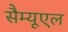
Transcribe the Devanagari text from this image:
सैम्यूएल